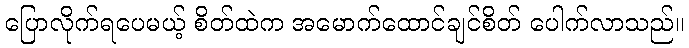
ပြောလိုက်ရပေမယ့် စိတ်ထဲက အမောက်ထောင်ချင်စိတ် ပေါက်လာသည်။